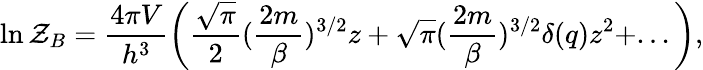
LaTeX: \ln{\cal Z}_{B}=\frac{4\pi V}{h^{3}}\left(\frac{\sqrt{\pi}}{2}(\frac{2m}{\beta})^{3/2}z+\sqrt{\pi}(\frac{2m}{\beta})^{3/2}\delta(q)z^{2}+...\right),